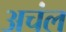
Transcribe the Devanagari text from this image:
अचंल